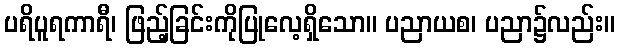
ပရိပူရကာရီ၊ ဖြည့်ခြင်းကိုပြုလေ့ရှိသော။ ပညာယစ၊ ပညာ၌လည်း။